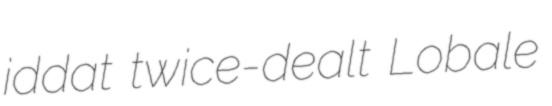
iddat twice-dealt Lobale